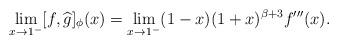
LaTeX: \begin{align*}\lim_{x\rightarrow1^{-}}[f,\widehat{g}]_{\phi}(x)=\lim_{x\rightarrow1^{-}}(1-x)(1+x)^{\beta+3}f^{\prime\prime\prime}(x).\end{align*}